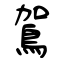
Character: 鴐